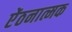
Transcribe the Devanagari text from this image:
ऐंठनात्मक